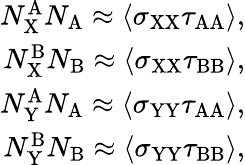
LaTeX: \begin{array}{r}{N_{\mathrm{X}}^{\mathrm{A}}N_{\mathrm{A}}\approx\langle\sigma_{\mathrm{XX}}\tau_{\mathrm{AA}}\rangle,}\\ {N_{\mathrm{X}}^{\mathrm{B}}N_{\mathrm{B}}\approx\langle\sigma_{\mathrm{XX}}\tau_{\mathrm{BB}}\rangle,}\\ {N_{\mathrm{Y}}^{\mathrm{A}}N_{\mathrm{A}}\approx\langle\sigma_{\mathrm{YY}}\tau_{\mathrm{AA}}\rangle,}\\ {N_{\mathrm{Y}}^{\mathrm{B}}N_{\mathrm{B}}\approx\langle\sigma_{\mathrm{YY}}\tau_{\mathrm{BB}}\rangle,}\end{array}